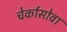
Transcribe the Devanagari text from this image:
चेर्कासोवा